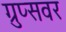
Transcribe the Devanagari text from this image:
ग्रुप्सवर